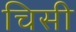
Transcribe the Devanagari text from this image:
चिसी